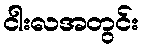
ငါးလအတွင်း